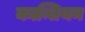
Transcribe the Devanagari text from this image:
कान्तियन